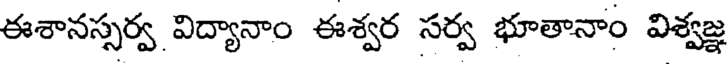
ఈశానస్సర్వ విద్యానాం ఈశ్వర సర్వ భూతానాం విశ్వజ్ఞ